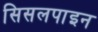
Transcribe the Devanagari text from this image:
सिसलपाइन